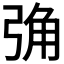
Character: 𢏧